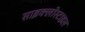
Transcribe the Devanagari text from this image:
साइक्लोस्टाइल